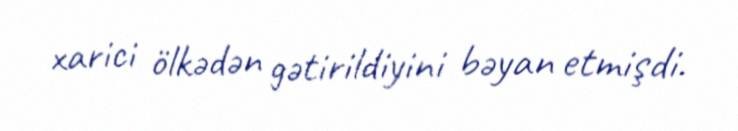
xarici ölkədən gətirildiyini bəyan etmişdi.